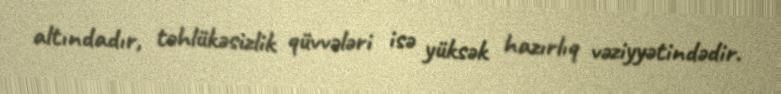
altındadır, təhlükəsizlik qüvvələri isə yüksək hazırlıq vəziyyətindədir.